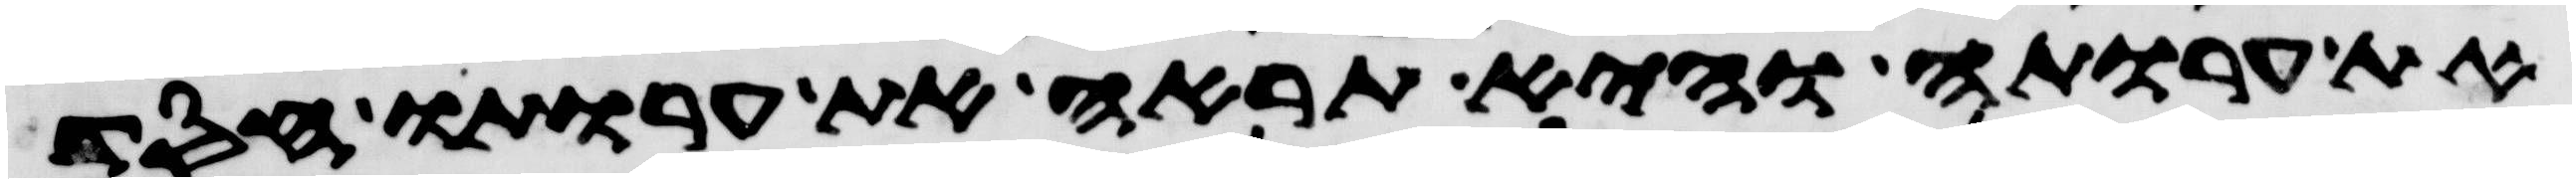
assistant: את ערותה והיא תראה את ערותו חסד